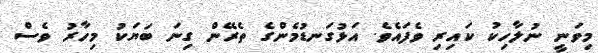
މިވަނީ ނުލާހިކު ކައިރި ވެފައެވެ. އަޅުގަނޑުމެންގެ ތެރޭން ގިނަ ބަޔަކު މިހާރު ވެސް